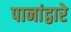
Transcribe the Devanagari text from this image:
पानांद्वारे